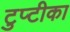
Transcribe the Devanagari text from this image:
टुप्टीका